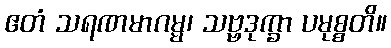
ဧတံ သရဏမာဂမ္မ၊ သဗ္ဗဒုက္ခာ ပမုစ္စတိ။